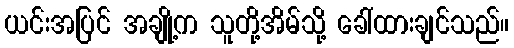
ယင်းအပြင် အချို့က သူတို့အိမ်သို့ ခေါ်ထားချင်သည်။